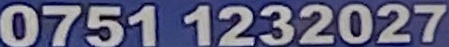
0751 1232027